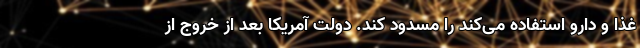
غذا و دارو استفاده می‌کند را مسدود کند. دولت آمریکا بعد از خروج از